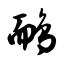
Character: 鸸